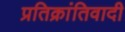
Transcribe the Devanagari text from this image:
प्रतिक्रांतिवादी